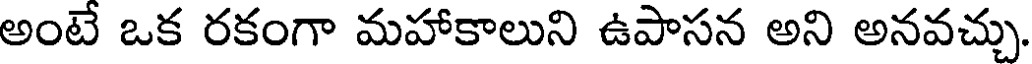
అంటే ఒక రకంగా మహాకాలుని ఉపాసన అని అనవచ్చు